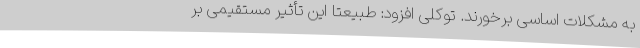
به مشکلات اساسی برخورند. توکلی افزود: طبیعتا این تأثیر مستقیمی بر